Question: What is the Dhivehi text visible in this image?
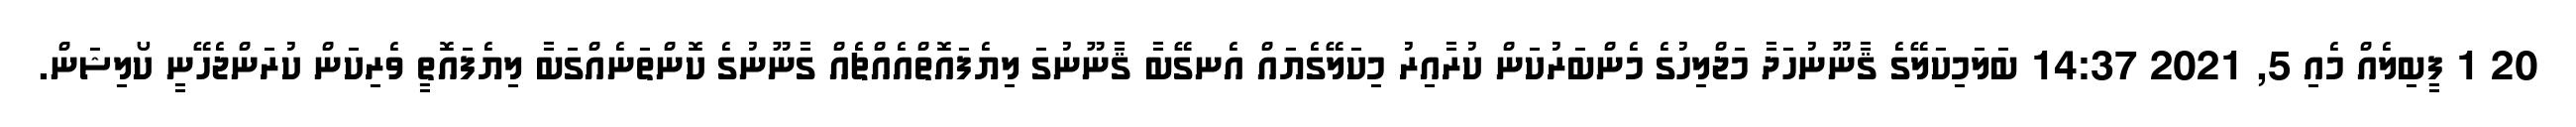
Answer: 20 1 ފީބިލެއް މެއި 5, 2021 14:37 ބަލަމިކަލޭގެ ޤާނޫނުހަދާ މަޖްލިހުގެ މެންބަރުކަން ކުރާއިރު މިކަލޭގެޔައް އެނގޭބާ ޤާނޫނުގަ ލިޔެފައޮތްއެއްޗެއް ގާނޫނުގެ ކޮންތަނެއްގަބާ ލިޔެފައޮތީ ވެރިކަން ކުރަންޖެހޭނީ ކޯލިޝަން.